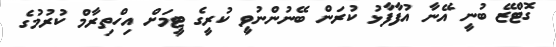
ގޮޓްޒޭ ބުނީ އޭނާ އުފާފާޅު ކުރަން ބޭނުންނުވީ ކުރީގެ ޓީމަށް އިހްތިރާމް ކުރުމުގެ